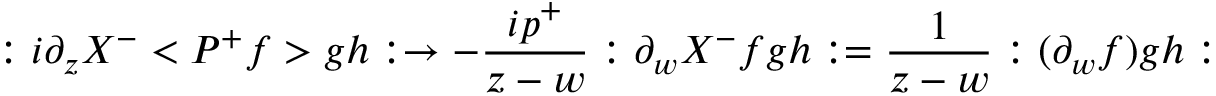
: i \partial _ { z } X ^ { - } < P ^ { + } f > g h : \rightarrow - \frac { i p ^ { + } } { z - w } : \partial _ { w } X ^ { - } f g h : = \frac 1 { z - w } : ( \partial _ { w } f ) g h :